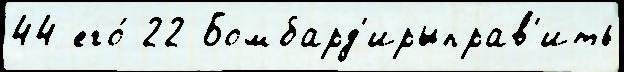
44 его́ 22 Бомбард'ирыправ'ить